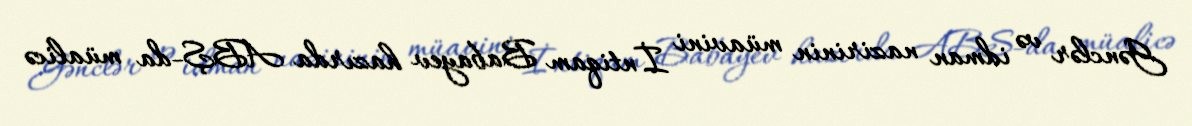
Gənclər və idman nazirinin müavini İntiqam Babayev hazırda ABŞ-da müalicə